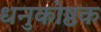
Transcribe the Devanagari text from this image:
धनुकोष्ठक